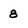
Character: 8